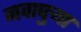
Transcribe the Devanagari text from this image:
नवापुर्‍या